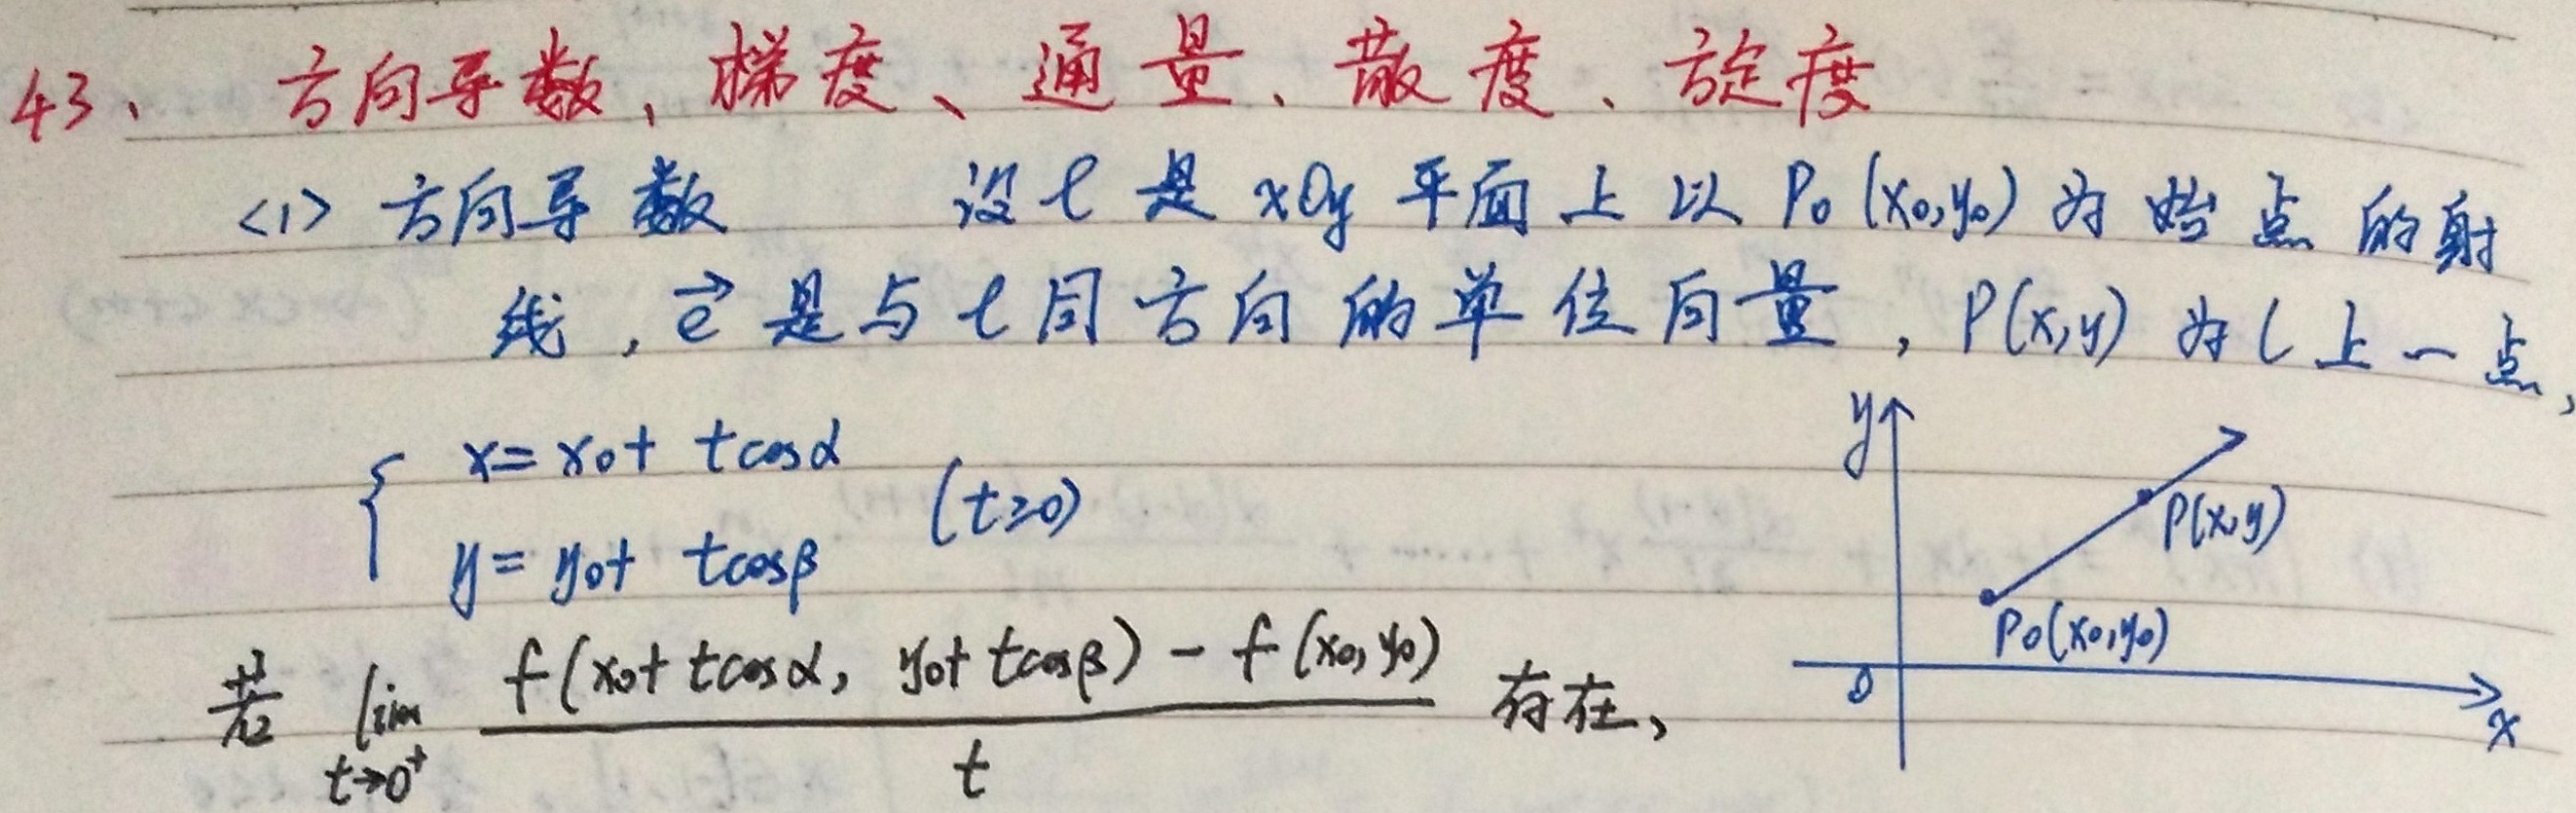
43、方向导数，梯度、通量、散度、旋度
<1> 方向导数 设 \(l\) 是 \(xOy\) 平面上以 \(P_0(x_0,y_0)\) 为始点的射线，\(\vec{e}\) 是与 \(l\) 同方向的单位向量，\(P(x,y)\) 为 \(l\) 上一点，\(\begin{cases}x = x_0 + t\cos\alpha\\y = y_0 + t\cos\beta\end{cases}(t\geq0)\)。若 \(\lim_{t \to 0^{+}}\frac{f(x_0 + t\cos\alpha,y_0 + t\cos\beta)-f(x_0,y_0)}{t}\) 存在，